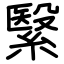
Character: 繄